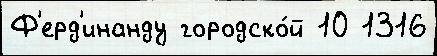
Ф'ерд'инанду городско́й 10 1316